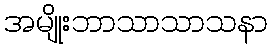
အမျိုးဘာသာသာသနာ